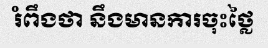
រំពឹងថា នឹងមានការចុះថ្លៃ